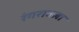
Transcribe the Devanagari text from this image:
रंगरावला